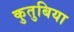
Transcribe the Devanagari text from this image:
कुतुबिया